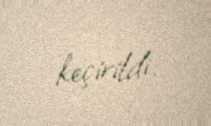
keçirildi.